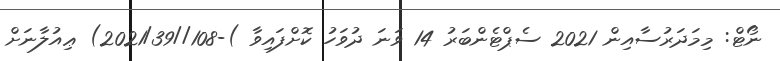
ނޯޓް: މިމަދަރުސާއިން 2021 ސެޕްޓެންބަރު 14 ވަނަ ދުވަހު ކޮށްފައިވާ )-108//2021/39) ޢިއުލާނަށް